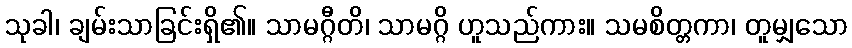
သုခါ၊ ချမ်းသာခြင်းရှိ၏။ သာမဂ္ဂီတိ၊ သာမဂ္ဂိ ဟူသည်ကား။ သမစိတ္တကာ၊ တူမျှသော